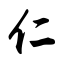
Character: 仁